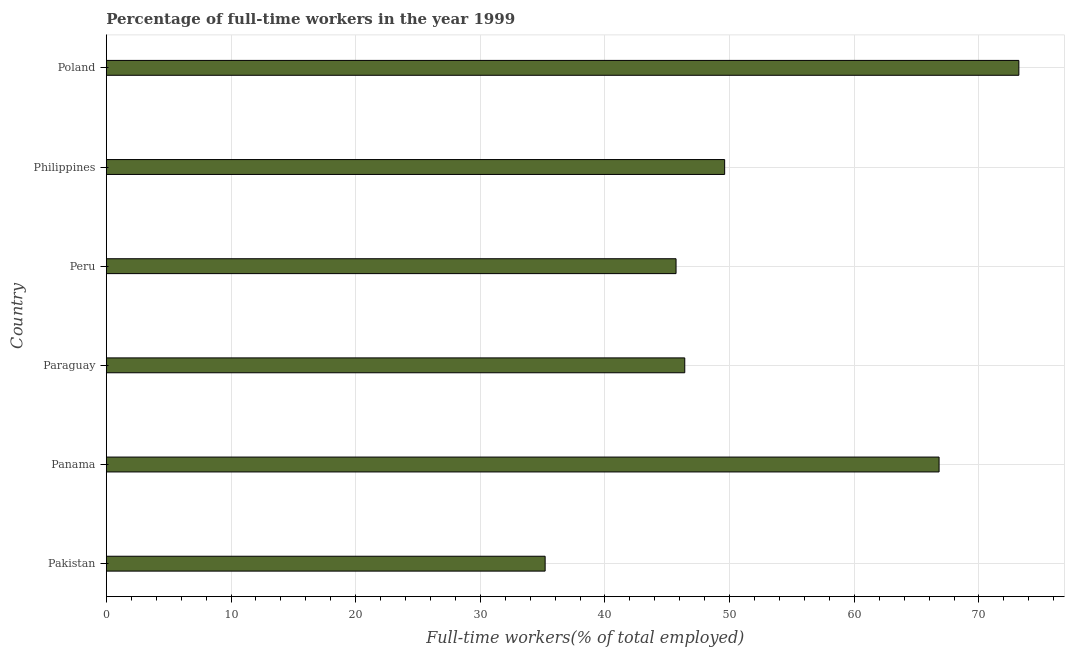
| Country | Wage and salaried workers |
 | --- | --- |
 | Pakistan | 35.2 |
 | Panama | 66.8 |
 | Paraguay | 46.4 |
 | Peru | 45.7 |
 | Philippines | 49.6 |
 | Poland | 73.2 |